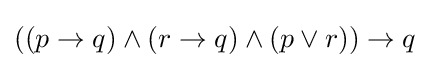
((p\rightarrow q)\wedge (r\rightarrow q)\wedge (p\vee r))\rightarrow q